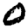
Digit: 0